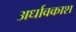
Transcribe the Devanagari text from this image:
अर्धावकाश